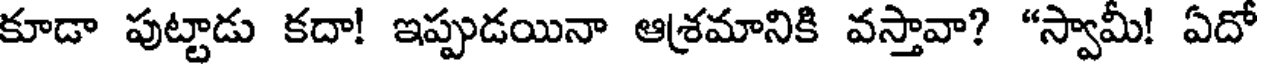
కూడా పుట్టాడు కదా! ఇప్పుడయినా ఆశ్రమానికి వస్తావా? "స్వామీ! ఏదో